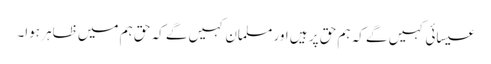
عیسائی کہیں گے کہ ہم حق پر ہیں اور مسلمان کہیں گے کہ حق ہم میں ظاہر ہوا۔